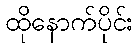
ထိုနောက်ပိုင်း